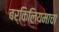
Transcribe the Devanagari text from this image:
बर्किलियमाचा